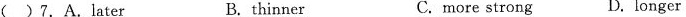
( )7.A.later B. thinner C. more strong D. longer